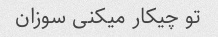
تو چیکار میکنی سوزان